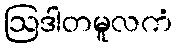
ဩဒါတမူလကံ